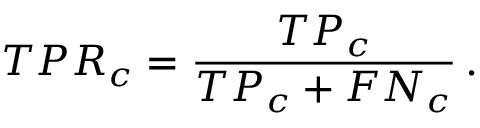
T P R _ { c } = \frac { T P _ { c } } { T P _ { c } + F N _ { c } } \, .